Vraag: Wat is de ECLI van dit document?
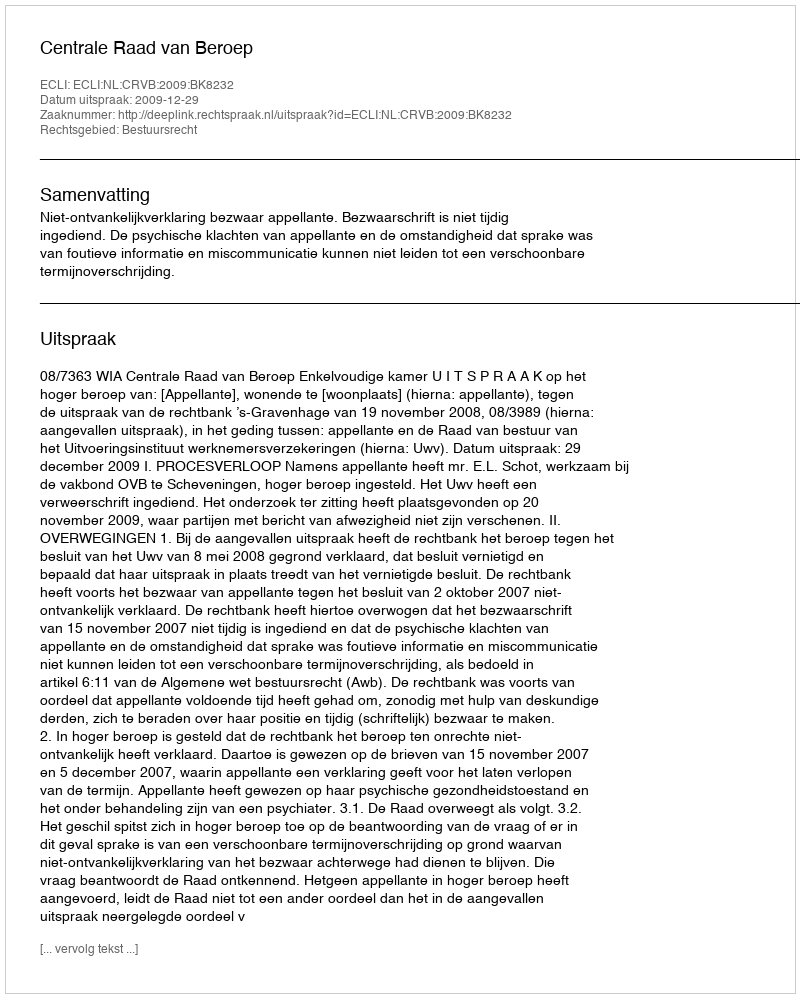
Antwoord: ECLI:NL:CRVB:2009:BK8232